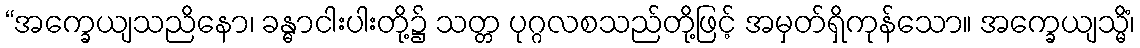
“အက္ခေယျသညိနော၊ ခန္ဓာငါးပါးတို့၌ သတ္တ ပုဂ္ဂလစသည်တို့ဖြင့် အမှတ်ရှိကုန်သော။ အက္ခေယျသ္မိံ၊